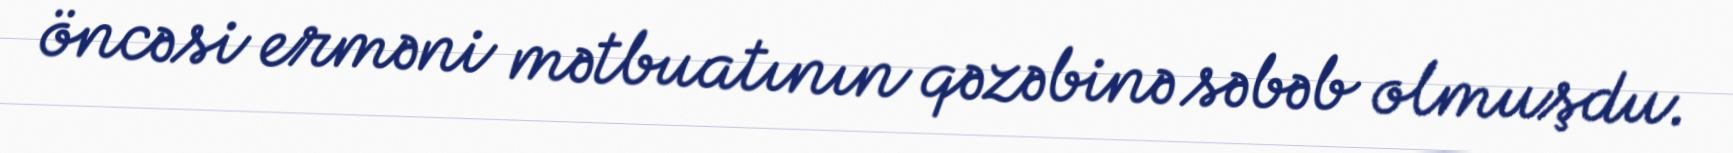
öncəsi erməni mətbuatının qəzəbinə səbəb olmuşdu.